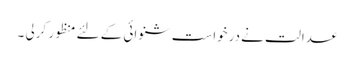
عدالت نے درخواست شنوائی کے لئے منظور کرلی ۔